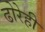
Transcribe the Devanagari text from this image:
ढोरेही